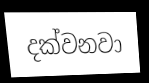
දක්වනවා